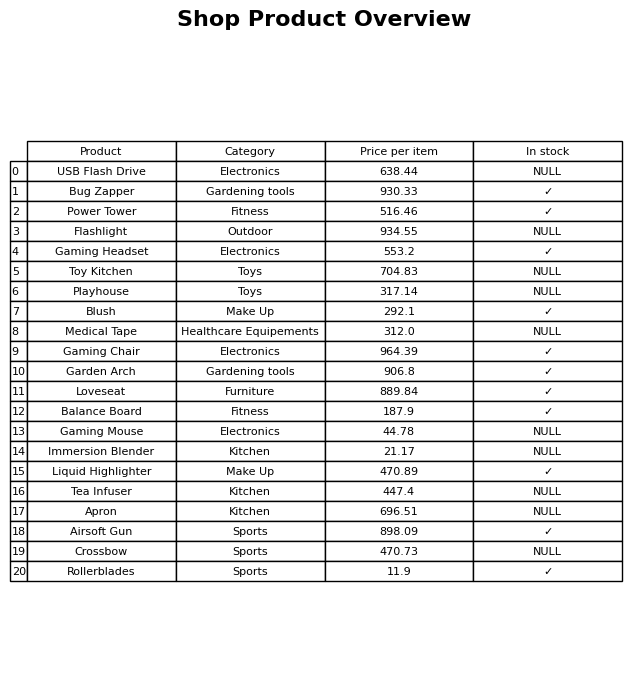
question: What is the price for Blush?
answer: The price of Blush is 292.1.